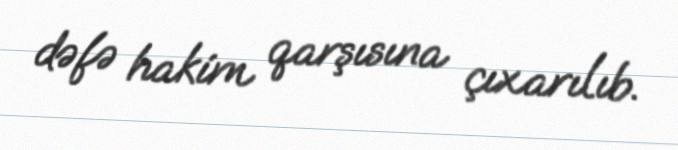
dəfə hakim qarşısına çıxarılıb.